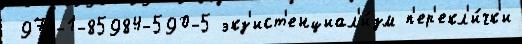
 978-1-85984-590-5 экз'ист'енциал'и́зм п'ер'екл'и́чк'и